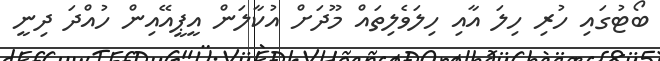
ބޯޓުގައި ހުރި ހިލަ އާއި ހިލަވެލިތައް މޫދަށް އުކާލަން އީޕީއޭއިން ހުއްދަ ދިނީ